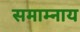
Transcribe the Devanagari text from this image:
समाम्नाय